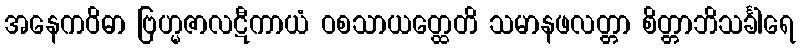
အနေကဝိဓာ ဗြဟ္မဇာလဋီကာယံ ဝစသာယတ္ထေတိ သမာနဖလတ္တာ စိတ္တာဘိသင်္ခါရေ